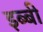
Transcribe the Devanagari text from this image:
इब्बी